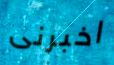
اخبرنى